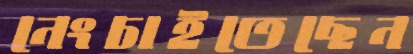
নেংচাইতেছেন